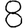
Digit: 8